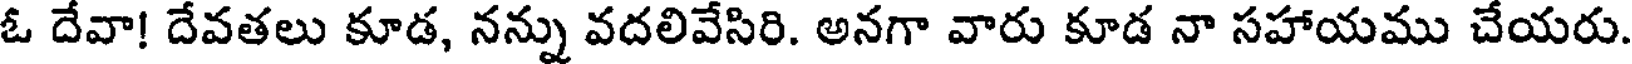
ఓ దేవా! దేవతలు కూడ, నన్ను వదలివేసిరి. అనగా వారు కూడ నా సహాయము చేయరు.